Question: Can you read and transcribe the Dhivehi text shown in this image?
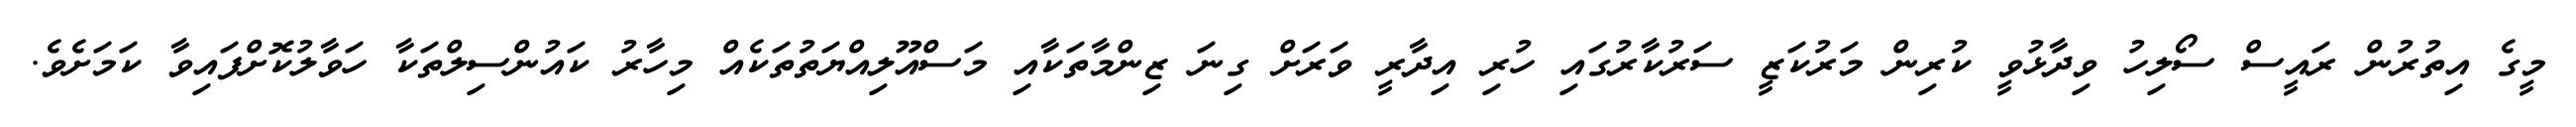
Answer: މީގެ އިތުރުން ރައީސް ސޯލިހު ވިދާޅުވީ ކުރިން މަރުކަޒީ ސަރުކާރުގައި ހުރި އިދާރީ ވަރަށް ގިނަ ޒިންމާތަކާއި މަސްއޫލިއްޔަތުތަކެއް މިހާރު ކައުންސިލްތަކާ ހަވާލުކޮށްފައިވާ ކަމަށެވެ.